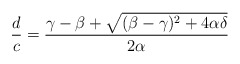
\begin{align*} \frac{d}{c} = \frac{\gamma-\beta + \sqrt{(\beta-\gamma)^2 + 4 \alpha \delta}}{2 \alpha}\end{align*}